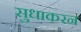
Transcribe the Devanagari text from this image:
सुधाकरन